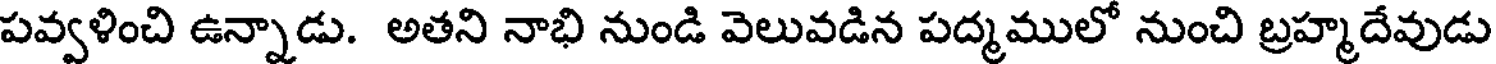
పవ్వళించి ఉన్నాడు. అతని నాభి నుండి వెలువడిన పద్మములో నుంచి బ్రహ్మదేవుడు